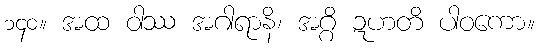
၁၄၀။ အထ ဝါဿ အဂါရာနိ၊ အဂ္ဂိ ဍဟတိ ပါဝကော။